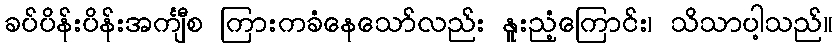
ခပ်ပိန်းပိန်းအင်္ကျီစ ကြားကခံနေသော်လည်း နူးညံ့ကြောင်း၊ သိသာပါ့သည်။